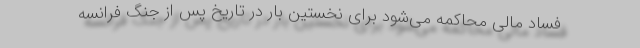
فساد مالی محاکمه می‌شود برای نخستین بار در تاریخ پس از جنگ فرانسه